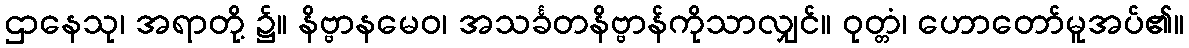
ဌာနေသု၊ အရာတို့ ၌။ နိဗ္ဗာနမေဝ၊ အသင်္ခတနိဗ္ဗာန်ကိုသာလျှင်။ ဝုတ္တံ၊ ဟောတော်မူအပ်၏။